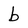
Character: b